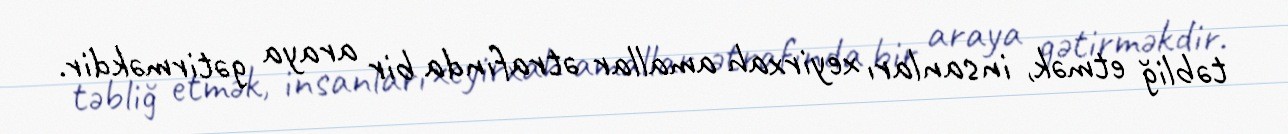
təbliğ etmək, insanları xeyirxah amallar ətrafında bir araya gətirməkdir.